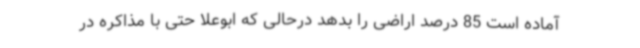
آماده است 85 درصد اراضی را بدهد درحالی که ابوعلا حتی با مذاکره در